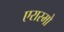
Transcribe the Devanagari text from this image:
एरास्मो